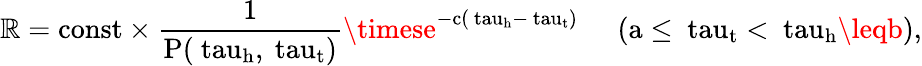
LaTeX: \mathbb{R}=\mathrm{{{const}\times\frac{{1}}{{P(\ tau_{h},\ tau_{t})}}\timese^{-c(\ tau_{h}-\ tau_{t})}\; \; \; \; \; (a\leq\ tau_{t}<\ tau_{h}\leqb),}}